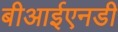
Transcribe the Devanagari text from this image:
बीआईएनडी